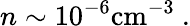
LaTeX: n\sim 10^{-6}\mathrm{cm^{-3}}\ .